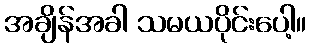
အချိန်အခါ သမယပိုင်းပေါ့။